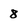
Character: 8